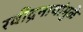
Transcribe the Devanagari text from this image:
रवींद्रनाथांमुळे